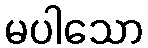
မပါသော